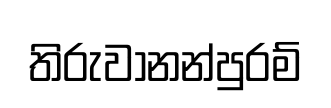
තිරුවානන්පුරම්